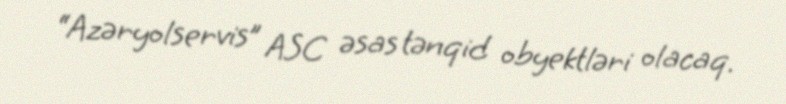
“Azəryolservis” ASC əsas tənqid obyektləri olacaq.